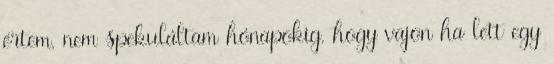
értem, nem spekuláltam hónapokig, hogy vajon ha lett egy